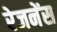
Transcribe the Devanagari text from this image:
रेजनेंस